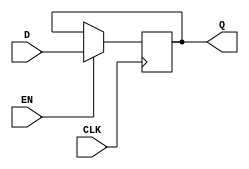
module d_latch (
    input wire D,
    input wire CLK,
    input wire EN,
    output reg Q
    );

always @ (posedge CLK) begin
    if (EN) begin
        Q <= D;
    end
end

endmodule